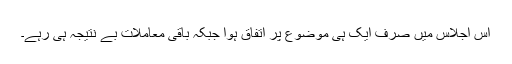
اس اجلاس میں صرف ایک ہی موضوع پر اتفاق ہوا جبکہ باقی معاملات بے نتیجہ ہی رہے۔